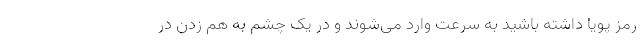
رمز پویا داشته باشید به سرعت وارد می‌شوند و در یک چشم به هم زدن در